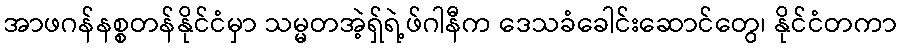
အာဖဂန်နစ္စတန်နိုင်ငံမှာ သမ္မတအဲ့ရှ်ရဲ့ဖ်ဂါနီက ဒေသခံခေါင်းဆောင်တွေ၊ နိုင်ငံတကာ